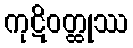
ကုဋိဝတ္ထုဿ